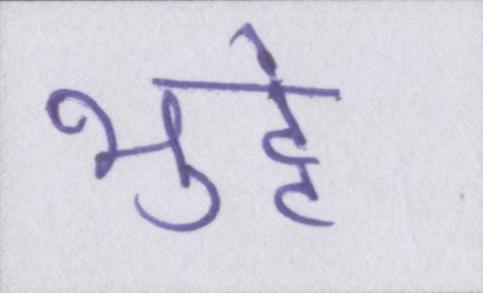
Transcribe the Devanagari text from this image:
भुट्टे